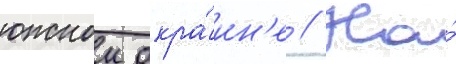
южнои окра́ин'е // На́